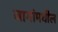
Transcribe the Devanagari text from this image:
जागांमधील